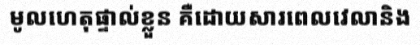
មូលហេតុផ្ទាល់ខ្លួន គឺដោយសារពេលវេលានិង